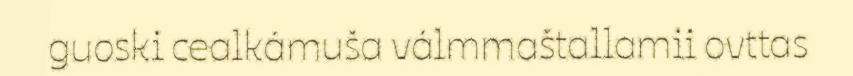
guoski cealkámuša válmmaštallamii ovttas